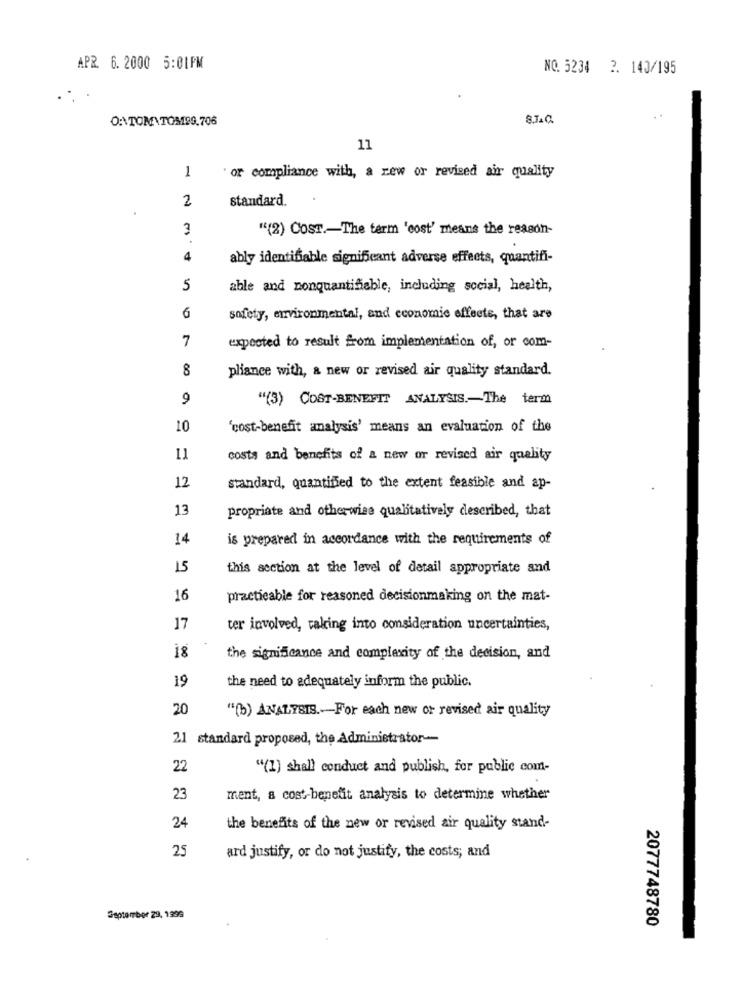
APR 6. 2000 5:01FM
NO. 5234 2. 140/195
O:\TOM TOM189.706
8.7.Q
11
1
" or compliance with, a zew or revised air quality
2
standard.
3
"(2) COST .- The term 'cost' means the reason-
4
ably identifiable significant adverse effects, quantifi-
5
able and nonquantifiable, including social, health,
6
safety, environmental, and economic effects, that are
7
expected to result from implementation of, or com-
8
pliance with, a new or revised air quality standard.
9
"(3) COST-BENEFIT ANALYSIS .- The term
10
'cost-benefit analysis' means an evaluation of the
11
costs and benefits of a new or revised air quality
12
standard, quantified to the extent feasible and ap-
13
propriate and otherwise qualitatively described, that
14
is prepared in accordance with the requirements of
15
this section at the level of detail appropriate and
16
practicable for reasoned decisionmaking on the mat-
17
ter involved, taking into consideration uncertainties,
18
the significance and complexity of the decision, and
19
the need to adequately inform the public.
20
"(b) ANALYSIS .-- For each new or revised air quality
21 standard proposed, the Administrator-
22
"(1) shall conduct and publish, for public com-
23
ment, a cost-benefit analysis to determine whether
24
the benefits of the new or revised air quality stand-
25
ard justify, or do not justify, the costs; and
September 29, 1996
2077748780